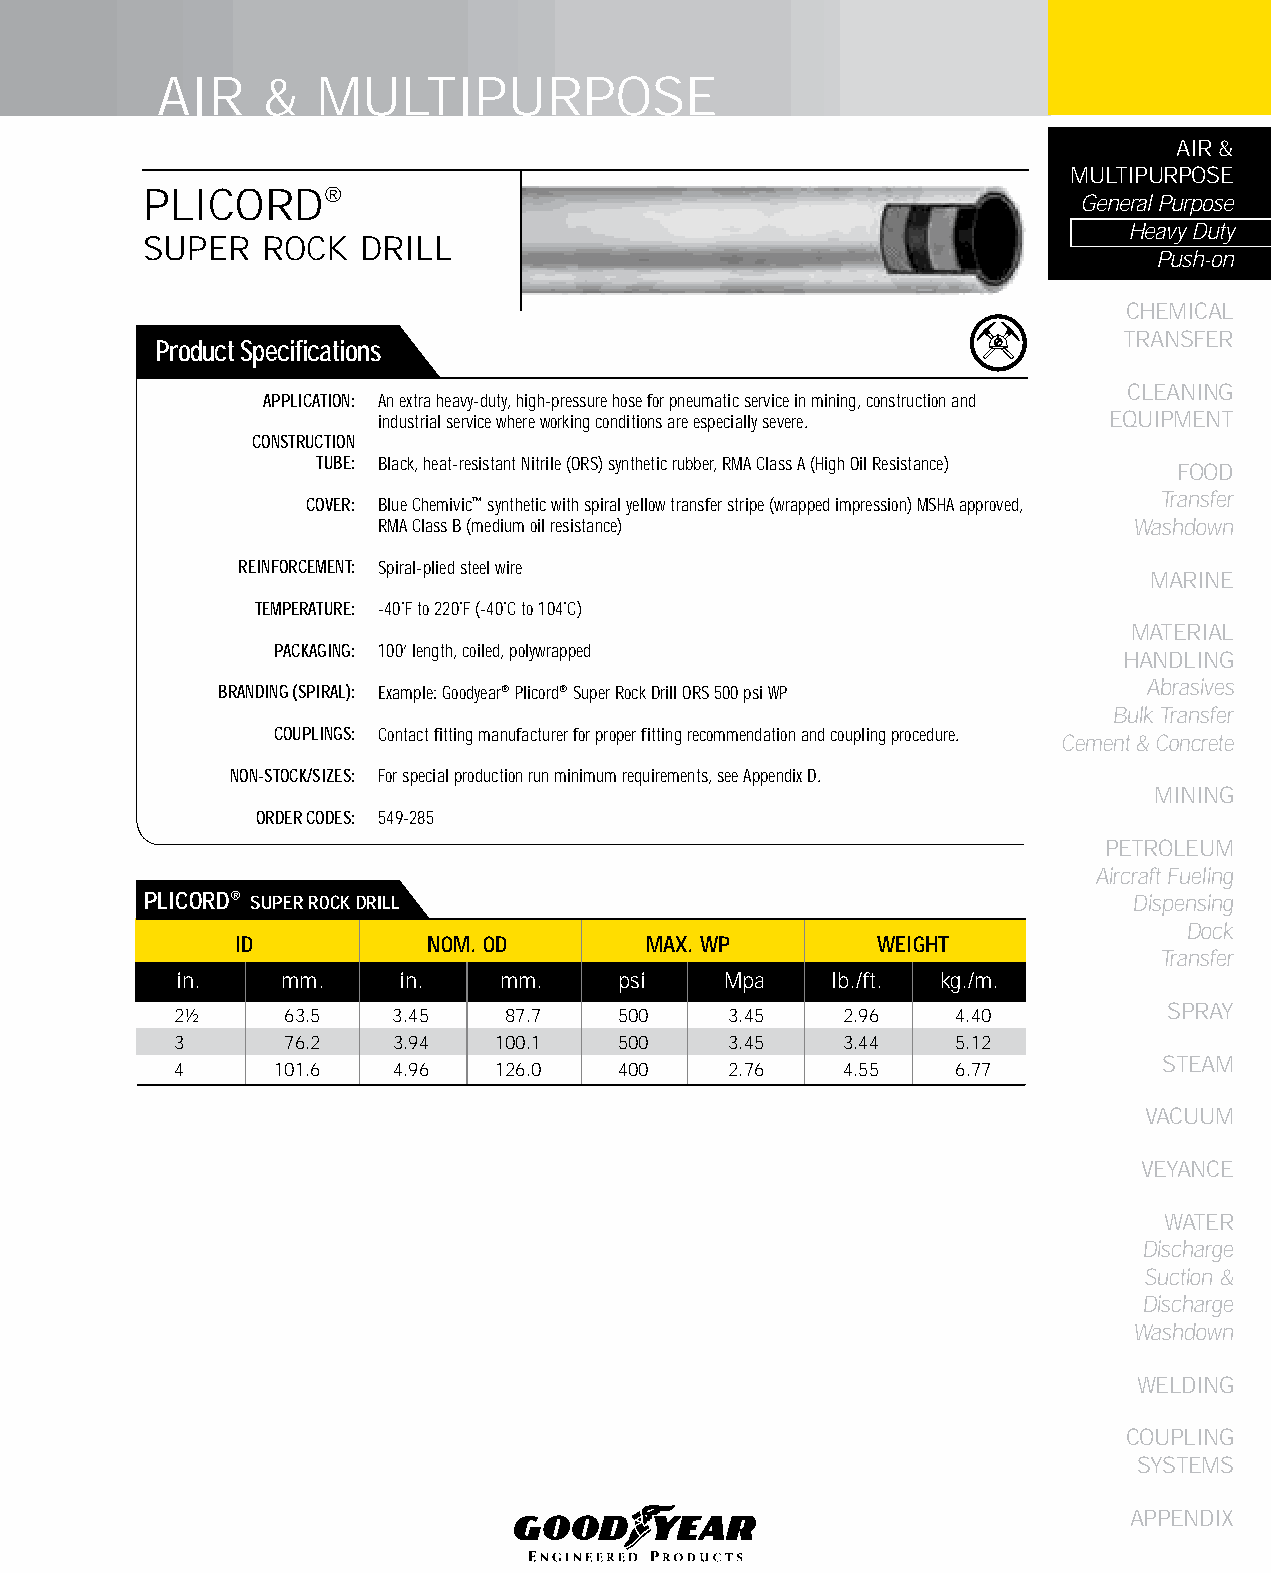
AIR    &   MULTIPURPOSE
 AIR &
 MULTIPURPOSE
 PLICORD®
 General Purpose
 Heavy Duty
 SUPER  ROCK   DRILL
 Push-on
 CHEMICAL
 TRANSFER
 Product Specifications
 CLEANING
 APPLICATION: An extra heavy-duty, high-pressure hose for pneumatic service in mining, construction and
 industrial service where working conditions are especially severe. EqUIPMENT
 CONSTRUCTION
 TUBE: Black, heat-resistant Nitrile (ORS) synthetic rubber, RMA Class A (High Oil Resistance)
 FOOD
 Transfer
 COVER: Blue Chemivic™ synthetic with spiral yellow transfer stripe (wrapped impression) MSHA approved,
 RMA Class B (medium oil resistance)               Washdown
 REINFORCEMENT: Spiral-plied steel wire
 MARINE
 TEMPERATURE: -40˚F to 220˚F (-40˚C to 104˚C)
 MATERIAL
 PACKAGING: 100’ length, coiled, polywrapped
 HANDLING
 Abrasives
 BRANDING (SPIRAL): Example: Goodyear® Plicord® Super Rock Drill ORS 500 psi WP
 Bulk Transfer
 COUPLINGS: Contact fitting manufacturer for proper fitting recommendation and coupling procedure.
 Cement & Concrete
 NON-STOCK/SIZES: For special production run minimum requirements, see Appendix D.
 MINING
 ORDER CODES: 549-285
 PETROLEUM
 Aircraft Fueling
 PLICORD® SUPER ROCk DRILL                                        Dispensing
 Dock
 ID          NOM. OD        MAX. WP        WEIGHT
 Transfer
 in.    mm.    in.    mm.     psi    Mpa    lb./ft. kg./m.
 2½     63.5   3.45    87.7   500    3.45    2.96   4.40          SPRAY
 3      76.2   3.94   100.1   500    3.45    3.44   5.12
 STEAM
 4     101.6   4.96   126.0   400    2.76    4.55   6.77
 VACUUM
 VEYANCE
 WATER
 Discharge
 Suction &
 Discharge
 Washdown
 WELDING
 COUPLING
 SYSTEMS
 APPENDIX
 31